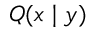
Q ( x \mid y )